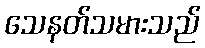
သေနတ်သမားသည်